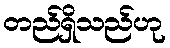
တည်ရှိသည်ဟု